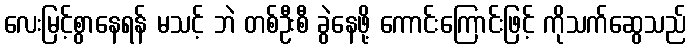
လေးမြင့်စွာနေရန် မသင့် ဘဲ တစ်ဦးစီ ခွဲနေဖို့ ကောင်းကြောင်းဖြင့် ကိုသက်ဆွေသည်